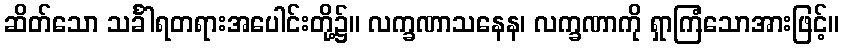
ဆိတ်သော သင်္ခါရတရားအပေါင်းတို့၌။ လက္ခဏာသနေန၊ လက္ခဏာကို ရှာကြံသောအားဖြင့်။